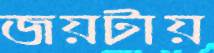
জয়টায়